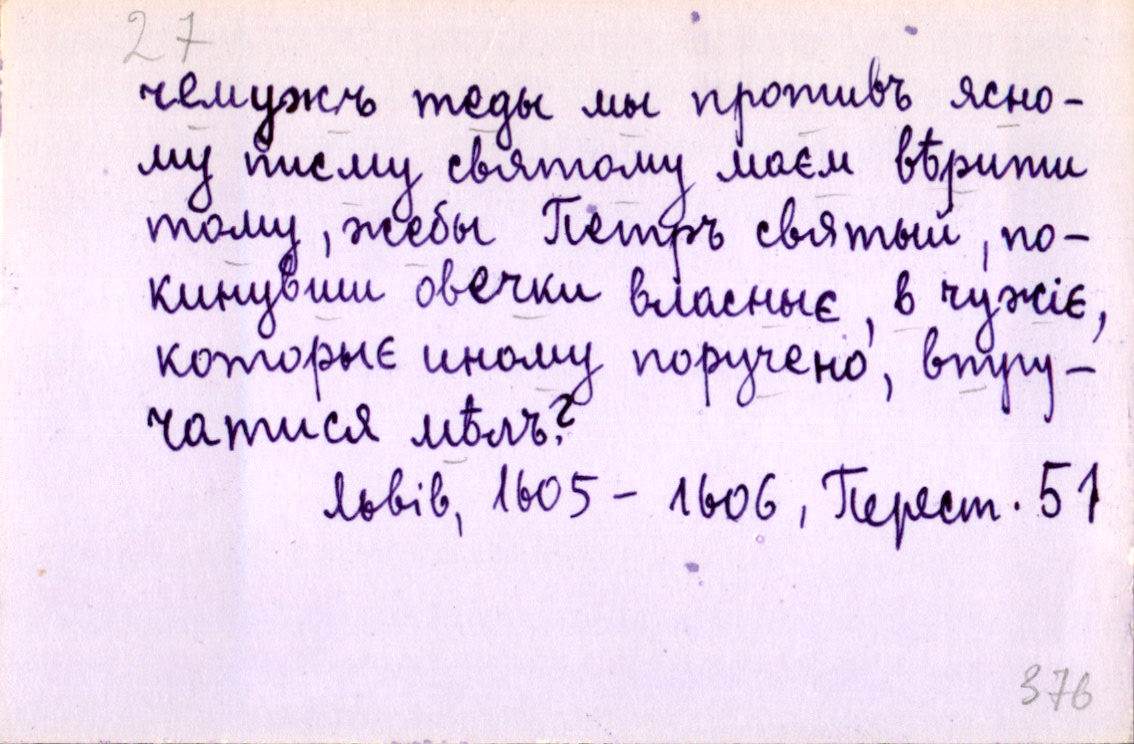
чемужъ теды мы противъ ясно-
му писму святому маєм вѣрити
тому, жебы Петръ святый, по-
кинувши овечки власныє, в чужіє,
которыє иному поручено, втру-
чатися мѣлъ?
Львів, 1605-1606, Перест. 51